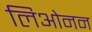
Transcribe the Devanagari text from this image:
लिओनन